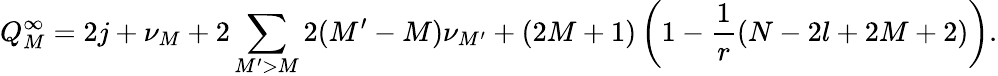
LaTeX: Q_{M}^{\infty}=2j+\nu_{M}+2\sum_{M^{\prime}>M}2(M^{\prime}-M)\nu_{M^{\prime}}+(2M+1)\left(1-\frac{1}{r}(N-2l+2M+2)\right).